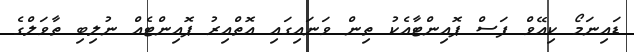
ޑައިނަމޯ ކިއޭވް ފަސް ޕޮއިންޓާއެކު ތިން ވަނައިގައި އޮތްއިރު ޕޮއިންޓެއް ނުލިބި ތާވަލްގެ